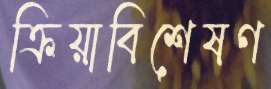
ক্রিয়াবিশেষণ